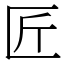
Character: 匠